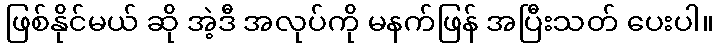
ဖြစ်နိုင်မယ် ဆို အဲ့ဒီ အလုပ်ကို မနက်ဖြန် အပြီးသတ် ပေးပါ။